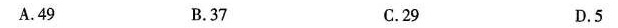
A.49 B.37 C.29 D.5